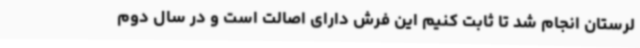
لرستان انجام شد تا ثابت کنیم این فرش دارای اصالت است و در سال دوم